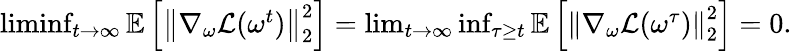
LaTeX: \begin{array}{r}{\operatorname*{liminf}_{t\rightarrow\infty}\mathbb{E}\left[\left\| \nabla_{\omega}\mathcal{L}(\omega^{t})\right\| _{2}^{2}\right]=\operatorname*{lim}_{t\rightarrow\infty}\operatorname*{inf}_{\tau\geq t}\mathbb{E}\left[\left\| \nabla_{\omega}\mathcal{L}(\omega^{\tau})\right\| _{2}^{2}\right]=0.}\end{array}